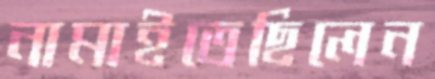
নামাইতেছিলেন